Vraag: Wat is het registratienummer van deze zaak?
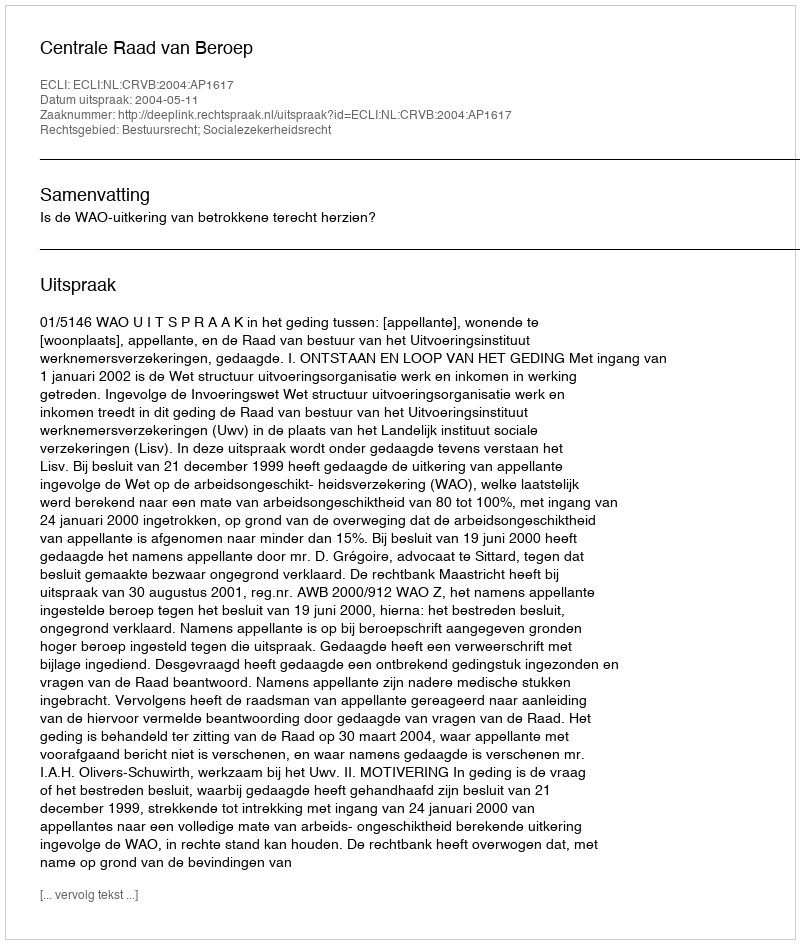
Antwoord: http://deeplink.rechtspraak.nl/uitspraak?id=ECLI:NL:CRVB:2004:AP1617